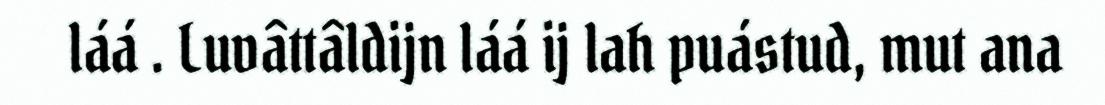
láá . Luvâttâldijn láá ij lah puástud, mut ana